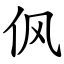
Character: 㐽